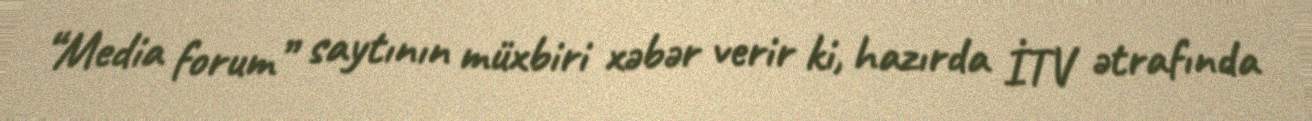
“Media forum” saytının müxbiri xəbər verir ki, hazırda İTV ətrafında